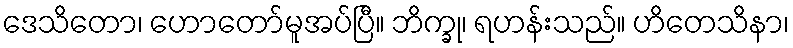
ဒေသိတော၊ ဟောတော်မူအပ်ပြီ။ ဘိက္ခု၊ ရဟန်းသည်။ ဟိတေသိနာ၊